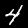
Digit: 4